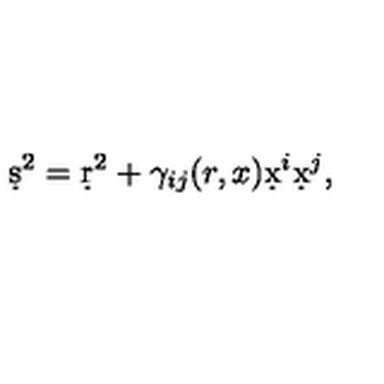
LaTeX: \d s ^ { 2 } = \d r ^ { 2 } + \gamma _ { i j } ( r , x ) \d x ^ { i } \d x ^ { j } ,